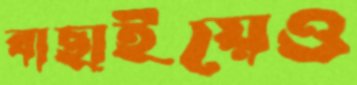
বাছাইয়েও